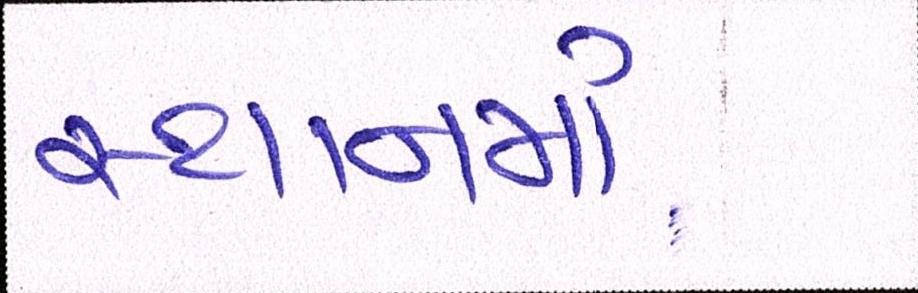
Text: સ્થાનમાં